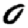
Digit: 0